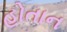
હોતાન